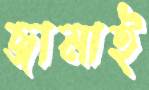
জামাই